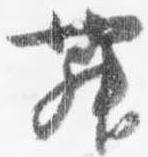
舞